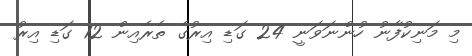
މި މަނިކުފާނު ހުންނަވަނީ 24 ގަޑި އިރުގެ ތެރެއިން 12 ގަޑި އިރު